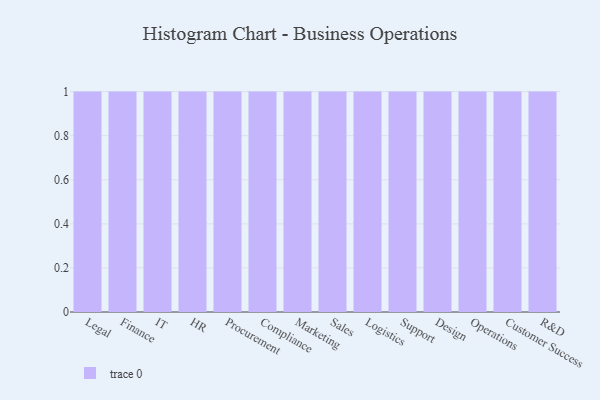
{"axis": {"x": "Department", "y": "Temperature (°C)"}, "legend": [""], "data": [{"x": "Legal", "y": 22, "type": ""}, {"x": "Finance", "y": 31, "type": ""}, {"x": "IT", "y": 62, "type": ""}, {"x": "HR", "y": 35, "type": ""}, {"x": "Procurement", "y": 55, "type": ""}, {"x": "Compliance", "y": 56, "type": ""}, {"x": "Marketing", "y": 45, "type": ""}, {"x": "Sales", "y": 23, "type": ""}, {"x": "Logistics", "y": 80, "type": ""}, {"x": "Support", "y": 26, "type": ""}, {"x": "Design", "y": 13, "type": ""}, {"x": "Operations", "y": 79, "type": ""}, {"x": "Customer Success", "y": 13, "type": ""}, {"x": "R&D", "y": 75, "type": ""}]}